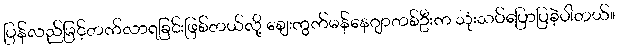
ပြန်လည်မြင့်တက်လာရခြင်းဖြစ်တယ်လို့ ဈေးကွက်မန်နေဂျာတစ်ဦးက သုံးသပ်ပြောပြခဲ့ပါတယ်။